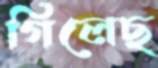
গিলেছ